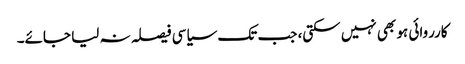
کارروائی ہو بھی نہیں سکتی، جب تک سیاسی فیصلہ نہ لیا جائے۔